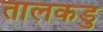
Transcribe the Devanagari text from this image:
तालकडु